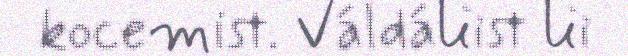
kocemist. Váldáliist lii